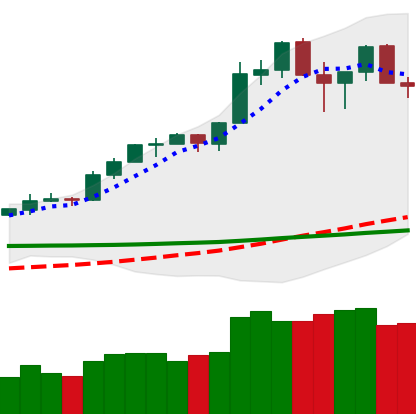
Ticker: ETH-USD
Chart end date: 2020-02-20
Forward return: -3.928%
Label: down_3_5